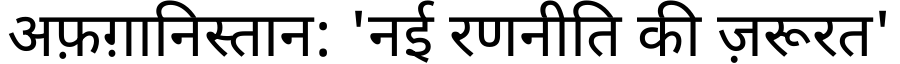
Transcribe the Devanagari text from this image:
अफ़ग़ानिस्तान: 'नई रणनीति की ज़रूरत'